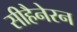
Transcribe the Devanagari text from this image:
सीहैनेरन